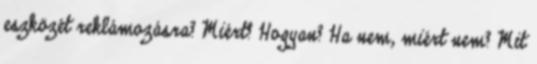
eszközét reklámozásra? Miért? Hogyan? Ha nem, miért nem? Mit